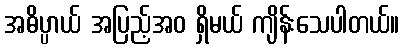
အဓိပ္ပာယ် အပြည့်အဝ ရှိမယ် ကျိန်းသေပါတယ်။